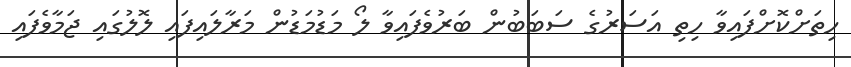
ހިތަށްކޮށްފައިވާ ހިތި އަސަރުގެ ސަބަބުން ބަރުވެފައިވާ ލޯ މަޑުމަޑުން މަރާލައިފައި ލޮލުގައި ޖަމާވެފައި